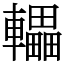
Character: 轠